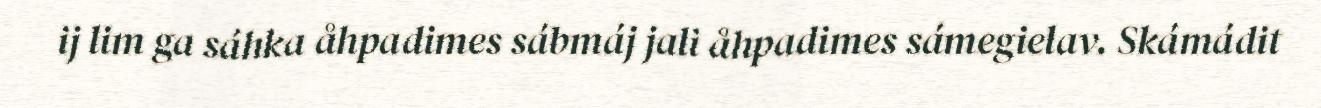
ij lim ga sáhka åhpadimes sábmáj jali åhpadimes sámegielav. Skámádit